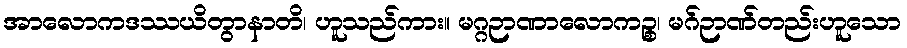
အာလောကဒဿယိတွာနာတိ၊ ဟူသည်ကား။ မဂ္ဂဉာဏာလောကဉ္စ၊ မဂ်ဉာဏ်တည်းဟူသော